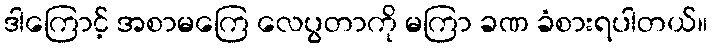
ဒါကြောင့် အစာမကြေ လေပွတာကို မကြာ ခဏ ခံစားရပါတယ်။